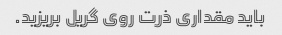
باید مقداری ذرت روی گریل بریزید.